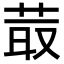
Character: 𦮆